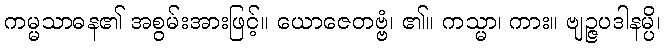
ကမ္မသာဓန၏ အစွမ်းအားဖြင့်။ ယောဇေတဗ္ဗံ၊ ၏။ ကသ္မာ၊ ကား။ ဗျဉ္ဇပဒါနမ္ပိ၊